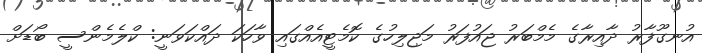
އުނގޫފާރު ދާއިރާގެ މެމްބަރު ޖައުފަރު މަޖިލިހުގެ ކޮމެޓީއެއްގައި ވާހަކަ ދައްކަވަނީ: ކްލެމެންސީ ބޯޑަށް